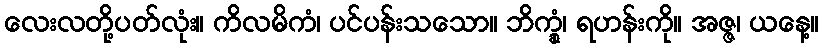
လေးလတို့ပတ်လုံး။ ကိလမိကံ၊ ပင်ပန်းသသော။ ဘိက္ခုံ၊ ရဟန်းကို။ အဇ္ဇ၊ ယနေ့။